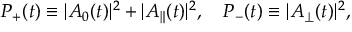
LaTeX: P _ { + } ( t ) \equiv | A _ { 0 } ( t ) | ^ { 2 } + | A _ { \| } ( t ) | ^ { 2 } , \quad P _ { - } ( t ) \equiv | A _ { \perp } ( t ) | ^ { 2 } ,